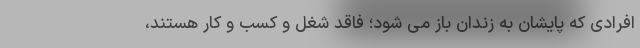
افرادی که پایشان به زندان باز می شود؛ فاقد شغل و کسب و کار هستند،